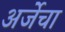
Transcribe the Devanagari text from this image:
अर्जेचा